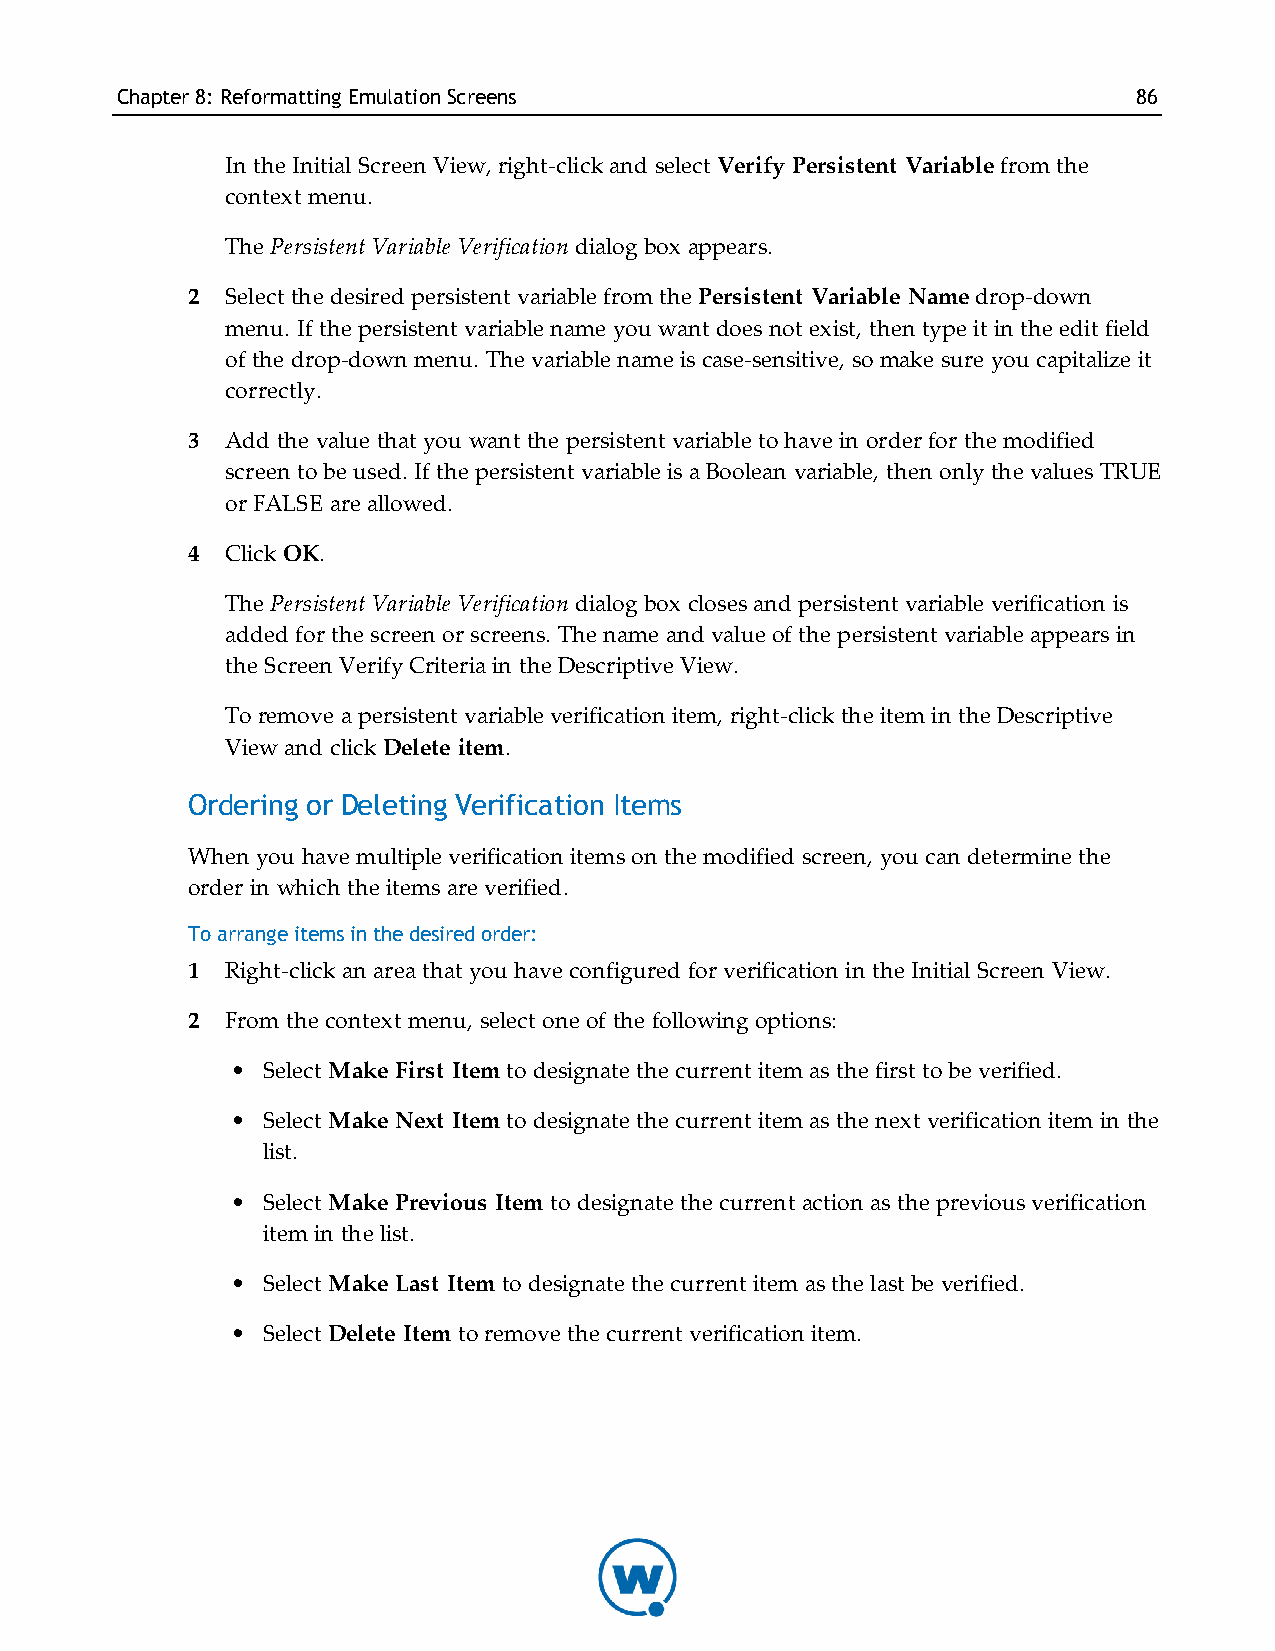
Chapter8: Reformatting EmulationScreens                            86
 In the Initial Screen View, right-click and select Verify Persistent Variable from the
 context menu.
 The Persistent Variable Verification dialog box appears.
 2  Select the desired persistent variable from the Persistent Variable Name drop-down
 menu. I f the persistent variable name you want does not exist, then type it in the edit field
 of the drop-down menu. T he variable name is case-sensitive, so make sure you capitalize it
 correctly.
 3  Add the value that you want the persistent variable to have in order for the modified
 screen to be used. I f the persistent variable is a Boolean variable, then only the values TRUE
 or FALSE are allowed.
 4  Click OK.
 The Persistent Variable Verification dialog box closes and persistent variable verification is
 added for the screen or screens. The name and value of the persistent variable appears in
 the Screen Verify Criteria in the Descriptive View.
 To remove a persistent variable verification item, right-click the item in the Descriptive
 View and click Delete item.
 Ordering or Deleting Verification Items
 When you have multiple verification items on the modified screen, you can determine the
 order in which the items are verified.
 To arrange items in the desired order:
 1  Right-click an area that you have configured for verification in the Initial Screen View.
 2  From the context menu, select one of the following options:
 • Select Make First Item to designate the current item as the first to be verified.
 • Select Make Next Item to designate the current item as the next verification item in the
 list.
 • Select Make Previous Item to designate the current action as the previous verification
 item in the list.
 • Select Make Last Item to designate the current item as the last be verified.
 • Select Delete Item to remove the current verification item.